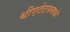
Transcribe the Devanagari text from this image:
थीएटेटसमध्ये